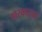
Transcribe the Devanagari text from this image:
खरकाट्या